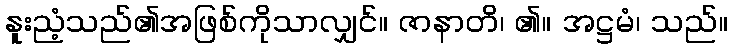
နူးညံ့သည်၏အဖြစ်ကိုသာလျှင်။ ဇာနာတိ၊ ၏။ အဋ္ဌမံ၊ သည်။